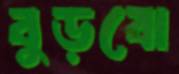
বুড়বো